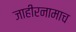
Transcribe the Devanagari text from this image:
जाहीरनामाच